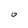
Character: 6